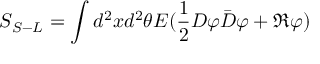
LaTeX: S _ { S - L } = \int d ^ { 2 } x d ^ { 2 } \theta E ( \frac { 1 } { 2 } D \varphi \bar { D } \varphi + \Re \varphi )